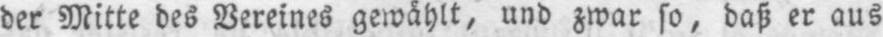
der Mitte des Vereines gewählt, und zwar so, daß er aus